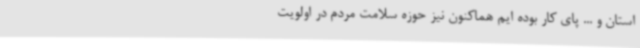
استان و ... پای کار بوده ایم هماکنون نیز حوزه سلامت مردم در اولویت